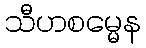
သီဟစမ္မေန